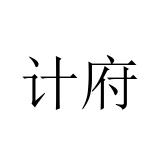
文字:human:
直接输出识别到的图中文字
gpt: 计府